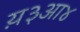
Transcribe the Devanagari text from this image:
य़३आ४